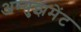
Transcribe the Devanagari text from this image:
अम्युझमेंट